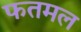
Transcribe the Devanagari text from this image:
फतमल